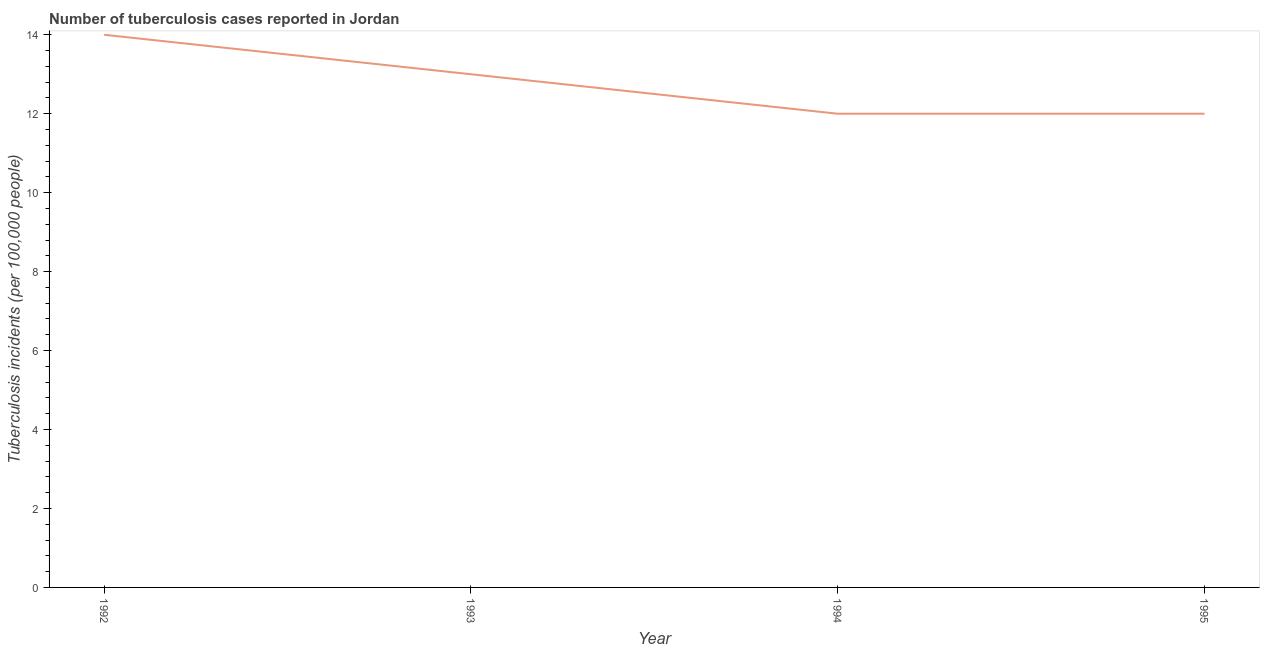
| Year | Incidence of tuberculosis |
 | --- | --- |
 | 1992 | 14 |
 | 1993 | 13 |
 | 1994 | 12 |
 | 1995 | 12 |